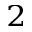
^ 2